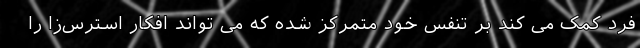
فرد کمک می کند بر تنفس خود متمرکز شده که می تواند افکار استرس‌زا را